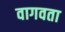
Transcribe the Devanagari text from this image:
वागवता